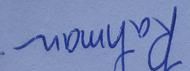
Signature authenticity: genuine